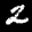
Label: 2